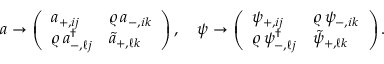
a \rightarrow \left( \begin{array} { l l } { { a _ { + , i j } } } & { { \varrho \, a _ { - , i k } } } \\ { { \varrho \, a _ { - , \ell j } ^ { \dagger } } } & { { \tilde { a } _ { + , \ell k } } } \end{array} \right) , \quad \psi \rightarrow \left( \begin{array} { l l } { { \psi _ { + , i j } } } & { { \varrho \, \psi _ { - , i k } } } \\ { { \varrho \, \psi _ { - , \ell j } ^ { \dagger } } } & { { \tilde { \psi } _ { + , \ell k } } } \end{array} \right) .